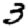
Digit: 3